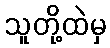
သူတို့ထဲမှ